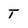
Character: T